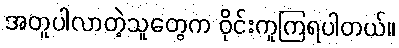
အတူပါလာတဲ့သူတွေက ဝိုင်းကူကြရပါတယ်။